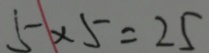
5 \times 5 = 2 5